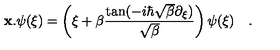
{ \bf { x } } . \psi ( { \xi } ) = \left( { \xi } + \beta \frac { \tan ( - i \hbar \sqrt { \beta } \partial _ { { \xi } } ) } { \sqrt { \beta } } \right) \psi ( { \xi } ) \quad .